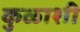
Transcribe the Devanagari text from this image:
कुळाशी